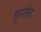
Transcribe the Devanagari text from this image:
पुरसेल